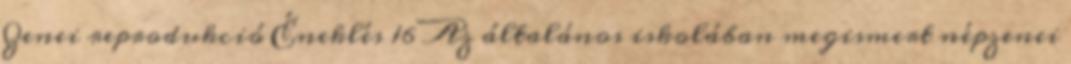
Zenei reprodukció Éneklés 16 Az általános iskolában megismert népzenei